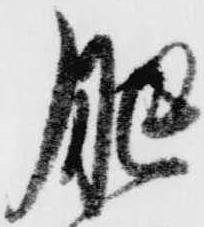
肥